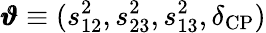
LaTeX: \pmb{\vartheta}\equiv(s_{12}^{2},s_{23}^{2},s_{13}^{2},\delta_{\mathrm{CP}})